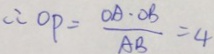
\therefore O P = \frac { O A \cdot O B } { A B } = 4